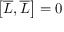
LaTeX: \left[ { \overline { { L } } } , { \overline { { L } } } \right] = 0